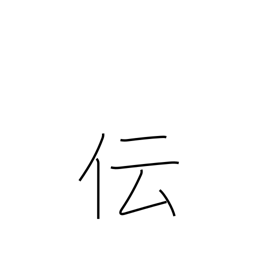
Meaning: communicate